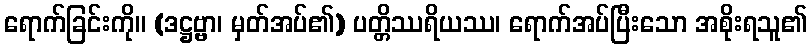
ရောက်ခြင်းကို။ (ဒဋ္ဌဗ္ဗာ၊ မှတ်အပ်၏) ပတ္တိဿရိယဿ၊ ရောက်အပ်ပြီးသော အစိုးရသူ၏